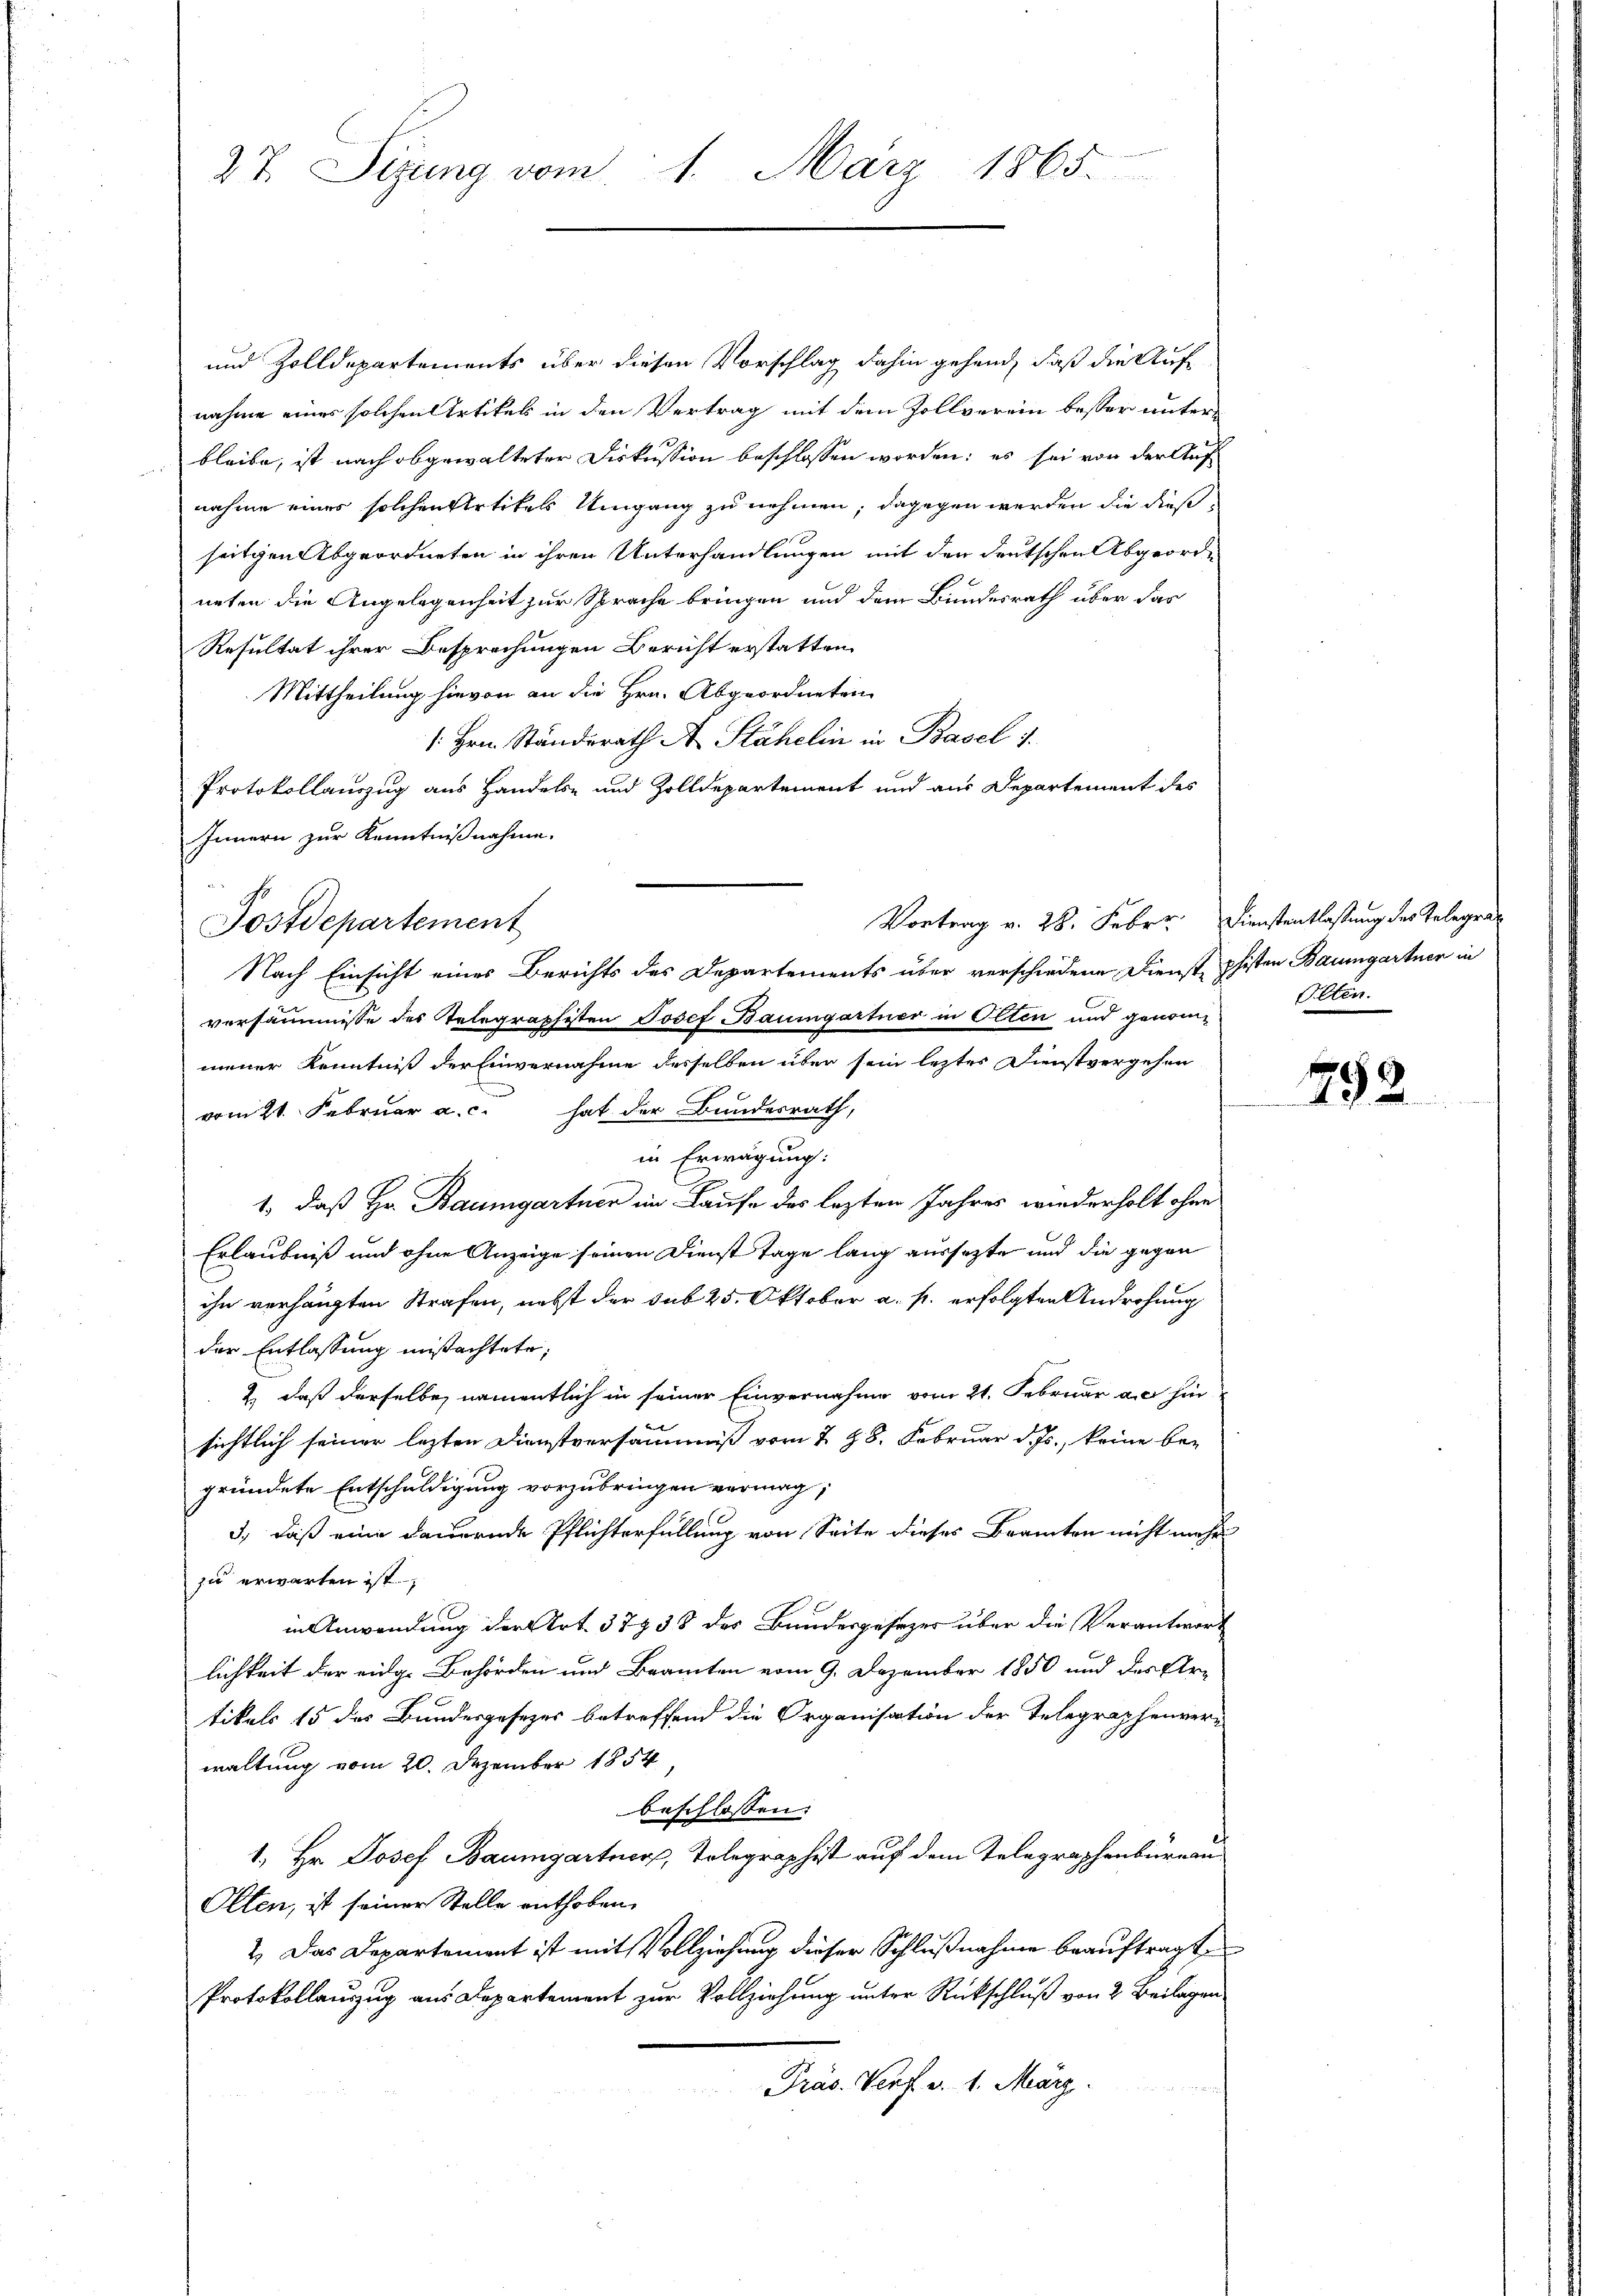
27. Sizung vom 1. März 1865.

und Zolldepartements über diesen Vorschlag dahin gehend, daß die Aufnahme eines solchen Artikel in den Vertrag mit dem Zollverein besser unter¬
12
bleibe, ist nach abgewalteter Diskussion beschlossen worden; es sei von der Aufnahme eines solchen Artikels Umgang zu nehmen; dagegen werden die dießseitigen Abgeordneten in ihren Unterhandlungen mit den deutschen Abgeordneten die Angelegenheit zur Sprache bringen und dem Bundesrath über das
Resultat ihrer Besprechungen Bericht erstatten
Mittheilung hievon an die Hrn. Abgeordneten
/. Hrn. Standerath A. Stähelin in Basel 1.
Protokollauszug aus Handels- und Zolldepartement und aus Departement des
Innern zur Kenntnißnahme.
Postdepartement
Nach Einsicht eines Berichts des Departements über verschiedene Dienstphisten Baumgartner in
versammisse des Telegraphisten Josef Baumgartner in Olten und genommener Kenntniß der Einvernahme desselben über sein leztes Dienstvergehen
vom 21. Februar a. c. hat der Bundesrath,
in Erwägung:
1., daß Hr. Baumgartner im Laufe des lezten Jahres wiederholt ohne
Erlaubniß und ohne Anzeige seinen Dienst Tage lang aussetzte und die gegen
ihn verhängten Strafen, nebst der sub 25. Oktober a. p. erfolgten Androhung
der Entlassung mißachtete;
2., daß derselbe, namentlich in seiner Einvernahme vom 21. Februar a.c. hin
sichtlich seiner lezten Dienstversäumniß vom 7. 28. Februar d. Js., keine be-
gründete Entschuldigung vorzubringen vermag;
3., daß eine dauernde Pflichterfüllung von Seite dieses Beamten nicht mehr
zu erwarten ist,
in Anwendung der Art. 37938 des Bundesgesezes über die Verantwort
lichkeit der eidg. Behörden und Beamten vom 9. Dezember 1850 und des Artikels 15 des Bundesgesezes betreffend die Organisation der Telegraphenvere
waltung vom 20. Dezember 1854,
beschlossen:
1., Hr. Josef Baumgartner, Tolegraphist auf dem Telegraphenbureau
Olten, ist seiner Stelle enthoben.
2. Das Departement ist mit Vollziehung dieser Schlußnahme beauftragt,
Protokollauszug aus Departement zur Vollziehung unter Rückschluß von 2 Beilagen.
Präs. Verf. v. 1. März
a

Vortrag v. 28. Febr. Dienstentlassung des Telegra

Olten.

792.